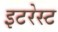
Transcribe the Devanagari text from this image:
इटरेस्‍ट